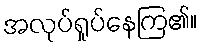
အလုပ်ရှုပ်နေကြ၏။